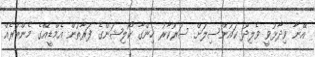
އޭނާ ވިދާޅުވީ ވެލިދޫ ކައުންސިލަށް ސަރުކާރު ހިންގާ ކޯލިޝަންގެ ފަރާތުން އެމްޑީއޭގެ މެންބަރެއް